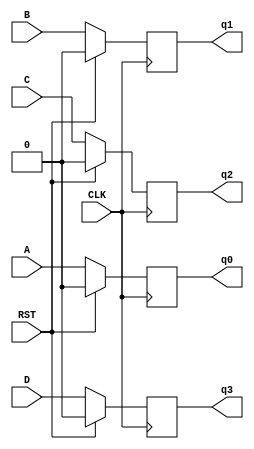
module pipo(input A,B,C,D,CLK,RST,output reg q0,q1,q2,q3);
always @(posedge CLK)begin 

if(RST)begin
q0<=0;
q1<=0;
q2<=0;
q3<=0;
end

else begin
q0<=A;
q1<=B;
q2<=C;
q3<=D;
end

end
endmodule